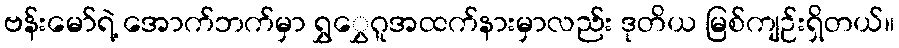
ဗန်းမော်ရဲ့ အောက်ဘက်မှာ ရွှွှေဂူအထက်နားမှာလည်း ဒုတိယ မြစ်ကျဉ်းရှိတယ်။